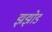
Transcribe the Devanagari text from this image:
झझोड